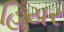
હિયર